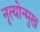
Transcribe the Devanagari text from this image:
नृत्योन्मुख